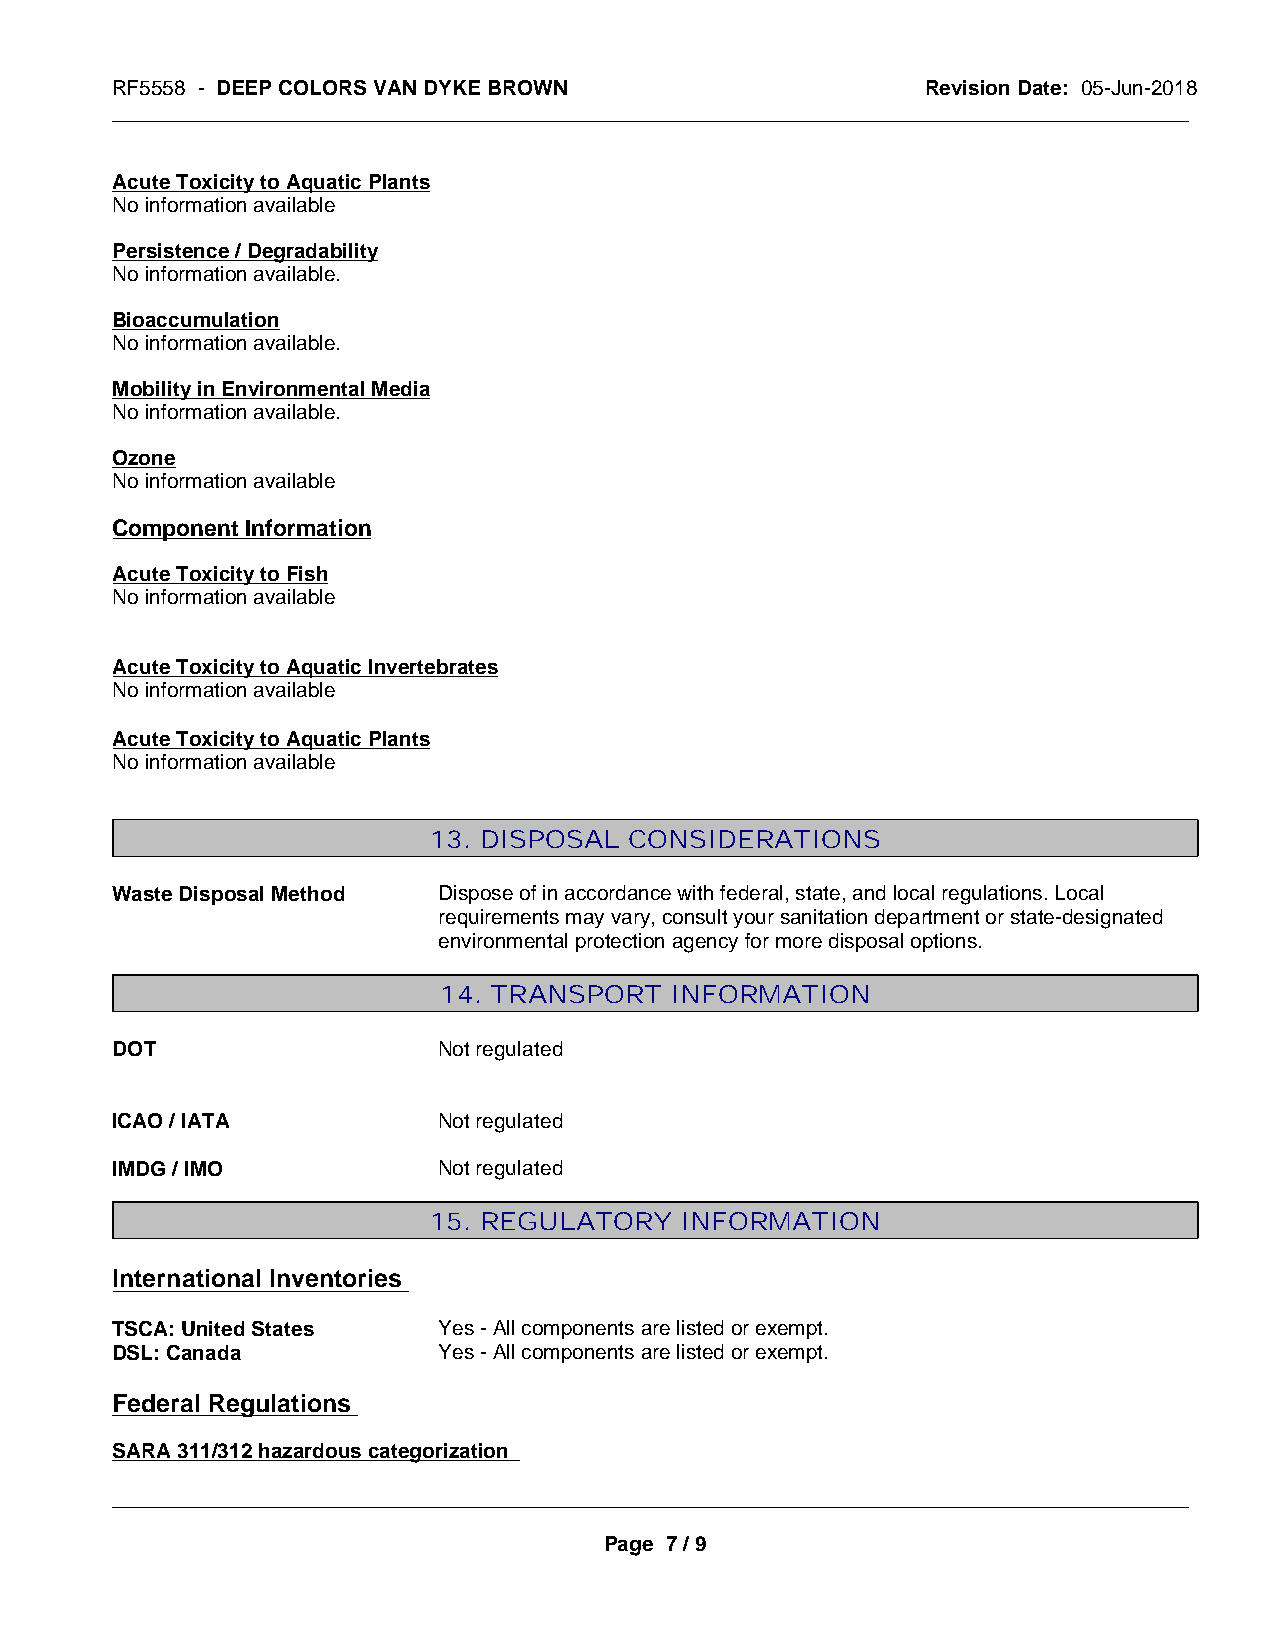
RF5558 - DEEP COLORS VAN DYKE BROWN                   Revision Date: 05-Jun-2018
 _____________________________________________________________________________________________
 Acute Toxicity to Aquatic Plants
 No information available
 Persistence / Degradability
 No information available.
 Bioaccumulation
 No information available.
 Mobility in Environmental Media
 No information available.
 Ozone
 No information available
 Component Information
 Acute Toxicity to Fish
 No information available
 Acute Toxicity to Aquatic Invertebrates
 No information available
 Acute Toxicity to Aquatic Plants
 No information available
 13. DISPOSAL  CONSIDERATIONS
 Waste Disposal Method Dispose of in accordance with federal, state, and local regulations. Local
 requirements may vary, consult your sanitation department or state-designated
 environmental protection agency for more disposal options.
 14. TRANSPORT  INFORMATION
 DOT                   Not regulated
 ICAO / IATA           Not regulated
 IMDG / IMO            Not regulated
 15. REGULATORY   INFORMATION
 International Inventories
 TSCA: United States   Yes - All components are listed or exempt.
 DSL: Canada           Yes - All components are listed or exempt.
 Federal Regulations
 SARA 311/312 hazardous categorization
 _____________________________________________________________________________________________
 Page 7 / 9